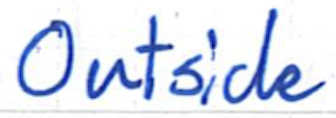
Text: Outside
Cross-out: clean
Writing tool: ballpoint